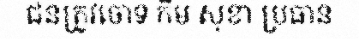
ជនត្រូវចោទ កឹម សុខា ប្រធាន